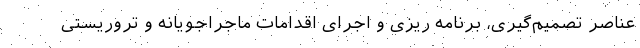
عناصر تصمیم‌گیری، برنامه ریزی و اجرای اقدامات ماجراجویانه و تروریستی